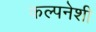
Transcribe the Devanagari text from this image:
कल्पनेशी